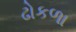
ઢોકળા